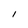
Character: l